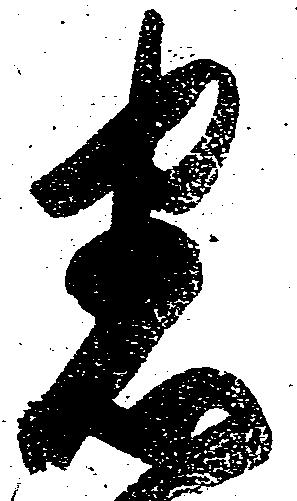
悉